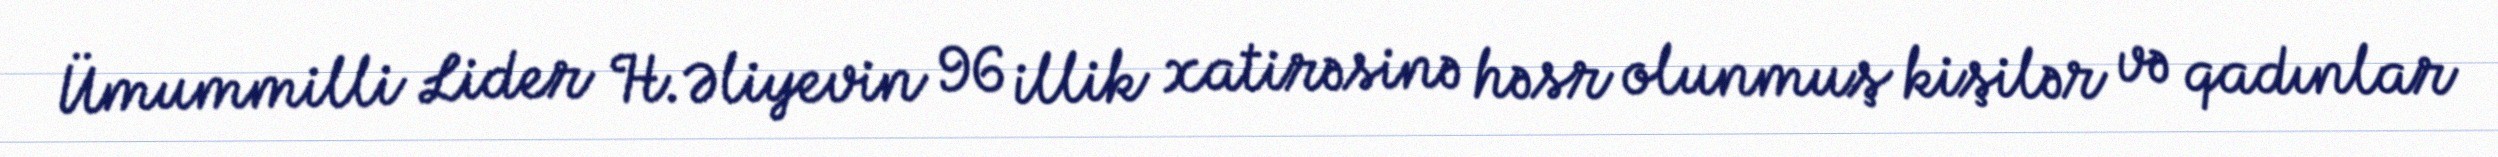
Ümummilli Lider H.Əliyevin 96 illik xatirəsinə həsr olunmuş kişilər və qadınlar